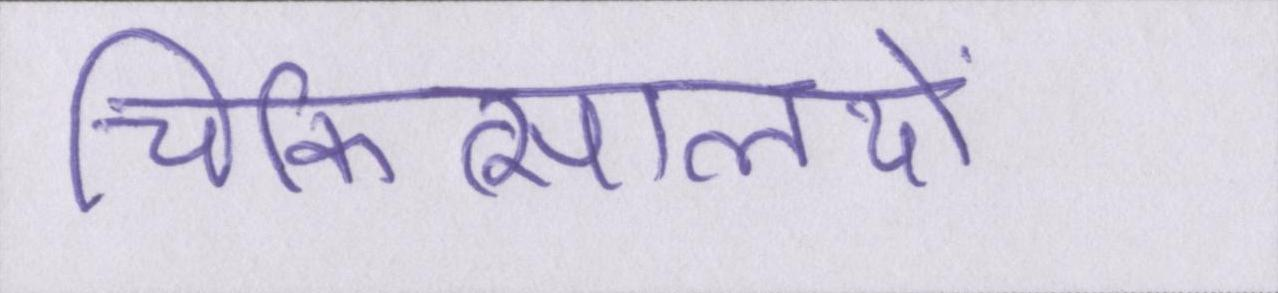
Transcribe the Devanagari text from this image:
चिकित्सालयों